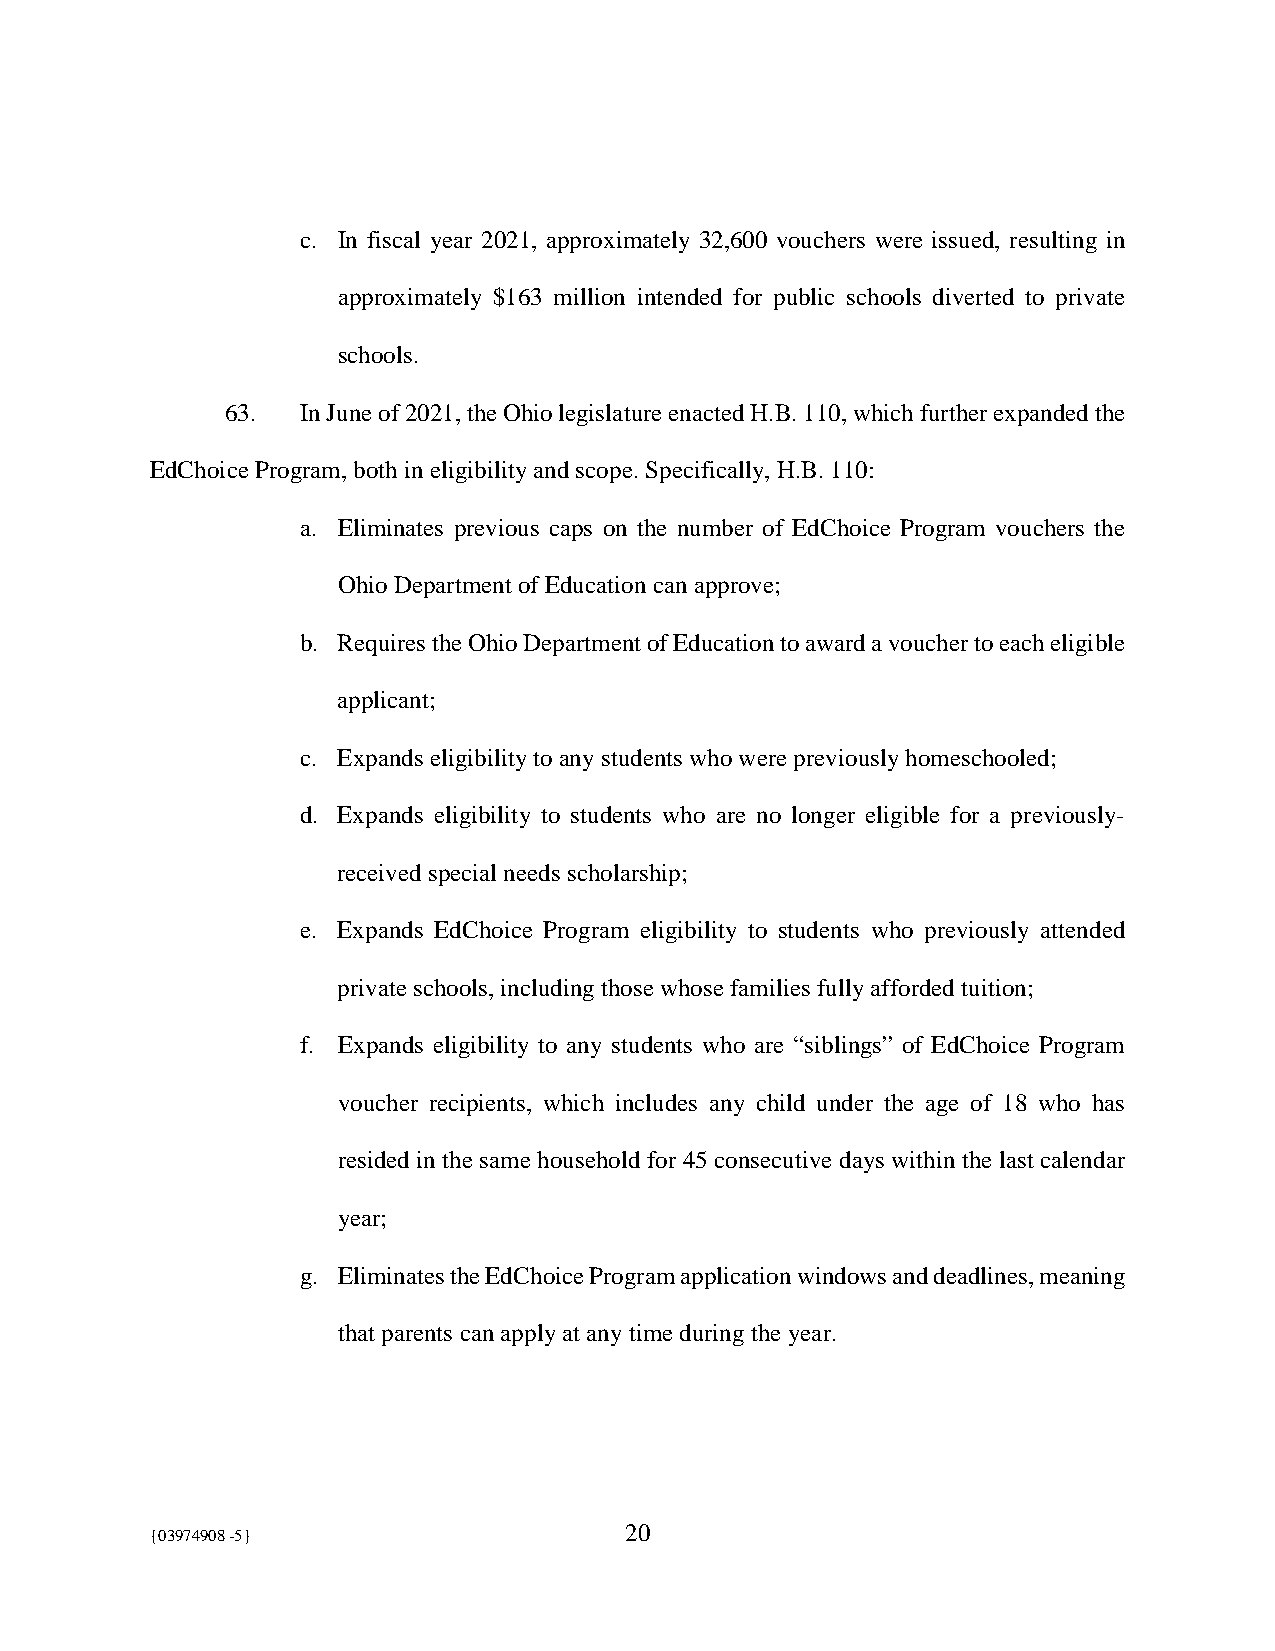
c. In fiscal year 2021, approximately 32,600 vouchers were issued, resulting in
 approximately $163 million intended for public schools diverted to private
 schools.
 63.  In June of 2021, the Ohio legislature enacted H.B. 110, which further expanded the
 EdChoice Program, both in eligibility and scope. Specifically, H.B. 110:
 a. Eliminates previous caps on the number of EdChoice Program vouchers the
 Ohio Department of Education can approve;
 b. Requires the Ohio Department of Education to award a voucher to each eligible
 applicant;
 c. Expands eligibility to any students who were previously homeschooled;
 d. Expands eligibility to students who are no longer eligible for a previously-
 received special needs scholarship;
 e. Expands EdChoice Program eligibility to students who previously attended
 private schools, including those whose families fully afforded tuition;
 f. Expands eligibility to any students who are “siblings” of EdChoice Program
 voucher recipients, which includes any child under the age of 18 who has
 resided in the same household for 45 consecutive days within the last calendar
 year;
 g. Eliminates the EdChoice Program application windows and deadlines, meaning
 that parents can apply at any time during the year.
 {03974908 -5}                  20